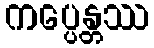
ကပ္ပေန္တဿ